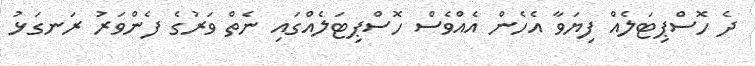
ދެ ހޮސްޕިޓަލެއް ފިޔަވާ އެހެން އެއްވެސް ހޮސްޕިޓަލެއްގައި ނެތް ވަރުގެ ފެންވަރު ރަނގަޅު